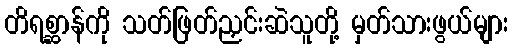
တိရစ္ဆာန်ကို သတ်ဖြတ်ညှင်းဆဲသူတို့ မှတ်သားဖွယ်များ